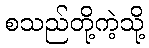
စသည်တို့ကဲ့သို့